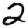
Digit: 2